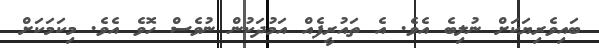
ބައިވެރިޔަކަށް ނުލިބެ އެވެ. އެ ތައުރީފެއް އަމުދަކުން ނުވެސް ހޮވެ އެވެ. މިކަމަކަށް